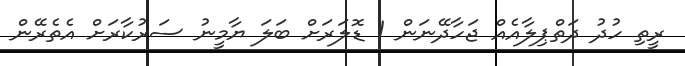
ރީތި ހުދު ދަތްޕިލާއެއް ޖަހާދޭނަން 1 ޑޮލަރަށް ބަލަ ޔާމީނު ސަރުކާރަށް އެތެރޭން